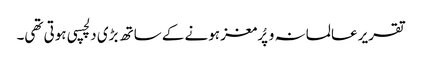
تقریر عالمانہ و پُرمغز ہونے کے ساتھ بڑی دلچسپی ہوتی تھی۔